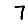
Digit: 7